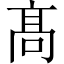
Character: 髙